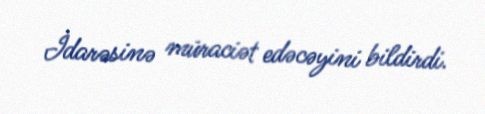
İdarəsinə müraciət edəcəyini bildirdi.